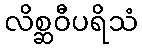
လိစ္ဆဝီပရိသံ